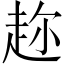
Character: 趂